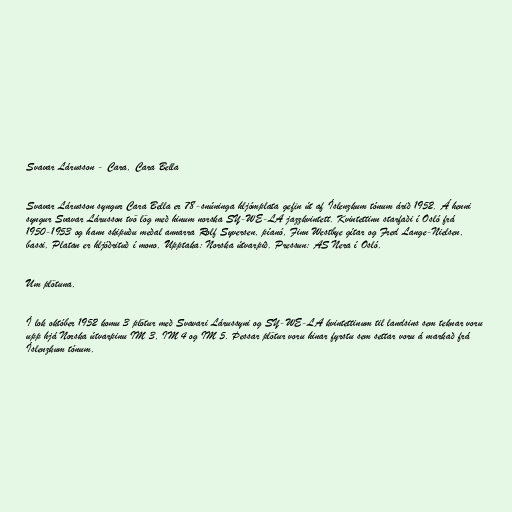
Svavar Lárusson - Cara, Cara Bella

Svavar Lárusson syngur Cara Bella er 78-snúninga hljómplata gefin út af Íslenzkum tónum árið 1952. Á henni
syngur Svavar Lárusson tvö lög með hinum norska SY-WE-LA jazzkvintett. Kvintettinn starfaði í Osló frá
1950-1953 og hann skipuðu meðal annarra Rolf Syversen, píanó, Finn Westbye gítar og Fred Lange-Nielsen,
bassi. Platan er hljóðrituð í mono. Upptaka: Norska útvarpið. Pressun: AS Nera í Osló.

Um plötuna.

Í lok október 1952 komu 3 plötur með Svavari Lárussyni og SY-WE-LA kvintettinum til landsins sem teknar voru
upp hjá Norska útvarpinu IM 3, IM 4 og IM 5. Þessar plötur voru hinar fyrstu sem settar voru á markað frá
Íslenzkum tónum.